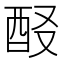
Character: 𨠈